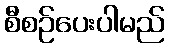
စီစဉ်ပေးပါမည်